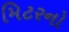
મિટરનો